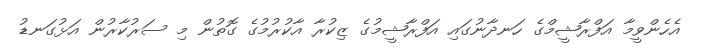
އެހެންވީމާ އަފްރާޝީމްގެ ހަނދާނުގައި އަފްރާޝީމުގެ ޒިކުރާ އާކުރުމުގެ ގޮތުން މި ސަރުކާރުން އަޅުގަނޑު